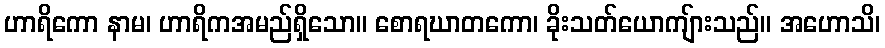
ဟာရိကော နာမ၊ ဟာရိကအမည်ရှိသော။ စောရဃာတကော၊ ခိုးသတ်ယောကျ်ားသည်။ အဟောသိ၊